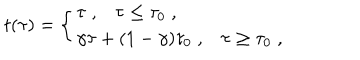
t ( \tau ) = \left\{ \begin{array} { l } { { \tau \; , \tau \leq \tau _ { 0 } \; , } } \\ { { \gamma \tau + ( 1 - \gamma ) \tau _ { 0 } \; , \tau \geq \tau _ { 0 } \; , } } \\ \end{array} \right.